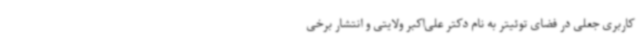
کاربری جعلی در فضای توئیتر به نام دکتر علی‌اکبر ولایتی و انتشار برخی